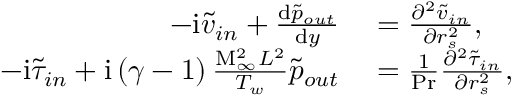
\begin{array} { r l } { - \mathrm { i } \widetilde { v } _ { i n } + \frac { \mathrm { d } \widetilde { p } _ { o u t } } { \mathrm { d } y } } & { { } = \frac { \partial ^ { 2 } \widetilde { v } _ { i n } } { \partial r _ { s } ^ { 2 } } , } \\ { - \mathrm { i } \widetilde { \tau } _ { i n } + \mathrm { i } \left( \gamma - 1 \right) \frac { \mathrm { M } _ { \infty } ^ { 2 } L ^ { 2 } } { T _ { w } } \widetilde { p } _ { o u t } } & { { } = \frac { 1 } { \mathrm { P r } } \frac { \partial ^ { 2 } \widetilde { \tau } _ { i n } } { \partial r _ { s } ^ { 2 } } , } \end{array}